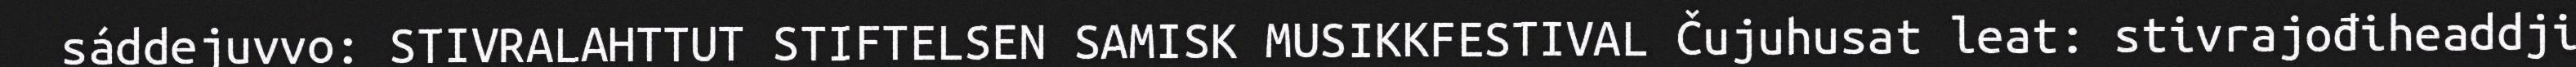
sáddejuvvo: STIVRALAHTTUT STIFTELSEN SAMISK MUSIKKFESTIVAL Čujuhusat leat: stivrajođiheaddji